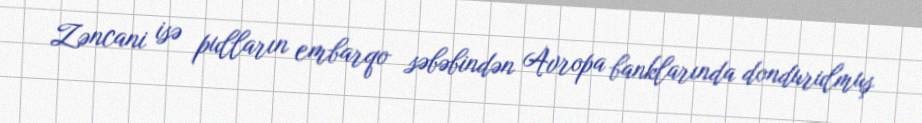
Zəncani isə pulların embarqo səbəbindən Avropa banklarında dondurulmuş